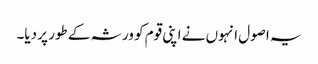
یہ اصول انہوں نے اپنی قوم کو ورثہ کے طور پر دیا۔